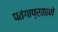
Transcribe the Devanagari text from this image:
पतंगाप्रमाणे